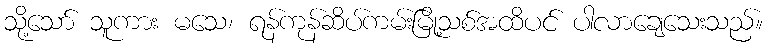
သို့သော် သူကား မသေ၊ ရန်ကုန်ဆိပ်ကမ်းမြို့သစ်အထိပင် ပါလာချေသေးသည်။